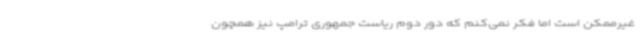
غیرممکن است اما فکر نمی‌کنم که دور دوم ریاست جمهوری ترامپ نیز همچون